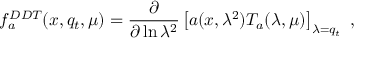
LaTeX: f _ { a } ^ { D D T } ( x , q _ { t } , \mu ) = \frac \partial { \partial \ln \lambda ^ { 2 } } \left[ a ( x , \lambda ^ { 2 } ) T _ { a } ( \lambda , \mu ) \right] _ { \lambda = q _ { t } } \; ,